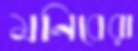
মনিবেরা